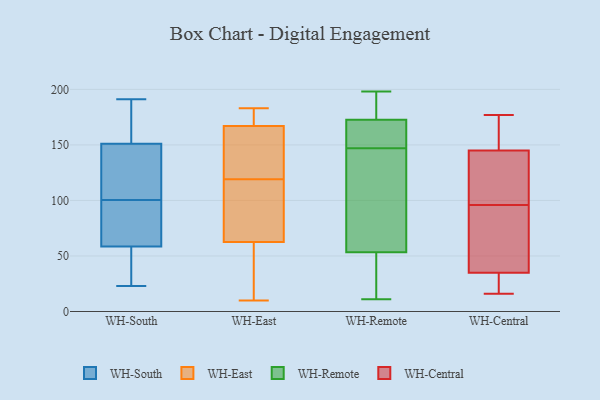
{"axis": {"x": "Conversion Rate (%)", "y": "Value"}, "legend": ["WH-Central", "WH-East", "WH-Remote", "WH-South"], "data": [{"x": "", "y": 69, "type": "WH-South"}, {"x": "", "y": 48, "type": "WH-South"}, {"x": "", "y": 137, "type": "WH-South"}, {"x": "", "y": 89, "type": "WH-South"}, {"x": "", "y": 146, "type": "WH-South"}, {"x": "", "y": 175, "type": "WH-South"}, {"x": "", "y": 23, "type": "WH-South"}, {"x": "", "y": 112, "type": "WH-South"}, {"x": "", "y": 32, "type": "WH-South"}, {"x": "", "y": 87, "type": "WH-South"}, {"x": "", "y": 156, "type": "WH-South"}, {"x": "", "y": 191, "type": "WH-South"}, {"x": "", "y": 32, "type": "WH-East"}, {"x": "", "y": 146, "type": "WH-East"}, {"x": "", "y": 119, "type": "WH-East"}, {"x": "", "y": 132, "type": "WH-East"}, {"x": "", "y": 118, "type": "WH-East"}, {"x": "", "y": 48, "type": "WH-East"}, {"x": "", "y": 106, "type": "WH-East"}, {"x": "", "y": 183, "type": "WH-East"}, {"x": "", "y": 124, "type": "WH-East"}, {"x": "", "y": 174, "type": "WH-East"}, {"x": "", "y": 174, "type": "WH-East"}, {"x": "", "y": 108, "type": "WH-East"}, {"x": "", "y": 179, "type": "WH-East"}, {"x": "", "y": 31, "type": "WH-East"}, {"x": "", "y": 10, "type": "WH-East"}, {"x": "", "y": 55, "type": "WH-Remote"}, {"x": "", "y": 68, "type": "WH-Remote"}, {"x": "", "y": 66, "type": "WH-Remote"}, {"x": "", "y": 198, "type": "WH-Remote"}, {"x": "", "y": 197, "type": "WH-Remote"}, {"x": "", "y": 171, "type": "WH-Remote"}, {"x": "", "y": 15, "type": "WH-Remote"}, {"x": "", "y": 152, "type": "WH-Remote"}, {"x": "", "y": 168, "type": "WH-Remote"}, {"x": "", "y": 11, "type": "WH-Remote"}, {"x": "", "y": 178, "type": "WH-Remote"}, {"x": "", "y": 147, "type": "WH-Remote"}, {"x": "", "y": 48, "type": "WH-Remote"}, {"x": "", "y": 35, "type": "WH-Central"}, {"x": "", "y": 88, "type": "WH-Central"}, {"x": "", "y": 93, "type": "WH-Central"}, {"x": "", "y": 33, "type": "WH-Central"}, {"x": "", "y": 113, "type": "WH-Central"}, {"x": "", "y": 146, "type": "WH-Central"}, {"x": "", "y": 145, "type": "WH-Central"}, {"x": "", "y": 75, "type": "WH-Central"}, {"x": "", "y": 31, "type": "WH-Central"}, {"x": "", "y": 176, "type": "WH-Central"}, {"x": "", "y": 119, "type": "WH-Central"}, {"x": "", "y": 94, "type": "WH-Central"}, {"x": "", "y": 26, "type": "WH-Central"}, {"x": "", "y": 177, "type": "WH-Central"}, {"x": "", "y": 153, "type": "WH-Central"}, {"x": "", "y": 134, "type": "WH-Central"}, {"x": "", "y": 98, "type": "WH-Central"}, {"x": "", "y": 16, "type": "WH-Central"}]}